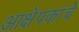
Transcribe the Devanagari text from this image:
आक्षेपकांचे